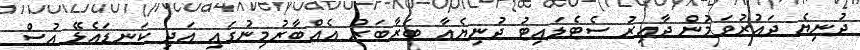
ދުނިޔެ ދައުރުވަމުން ދާއިރު ސެޓެލައިޓު ދުނިޔެއާ ބަރާބަރު އެއްބާރުމިނުގައި އަދި ކަނޑައެޅޭ އުސް